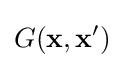
G(\mathbf {x} ,\mathbf {x'} )